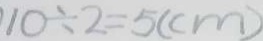
1 0 \div 2 = 5 ( c m )